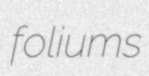
foliums